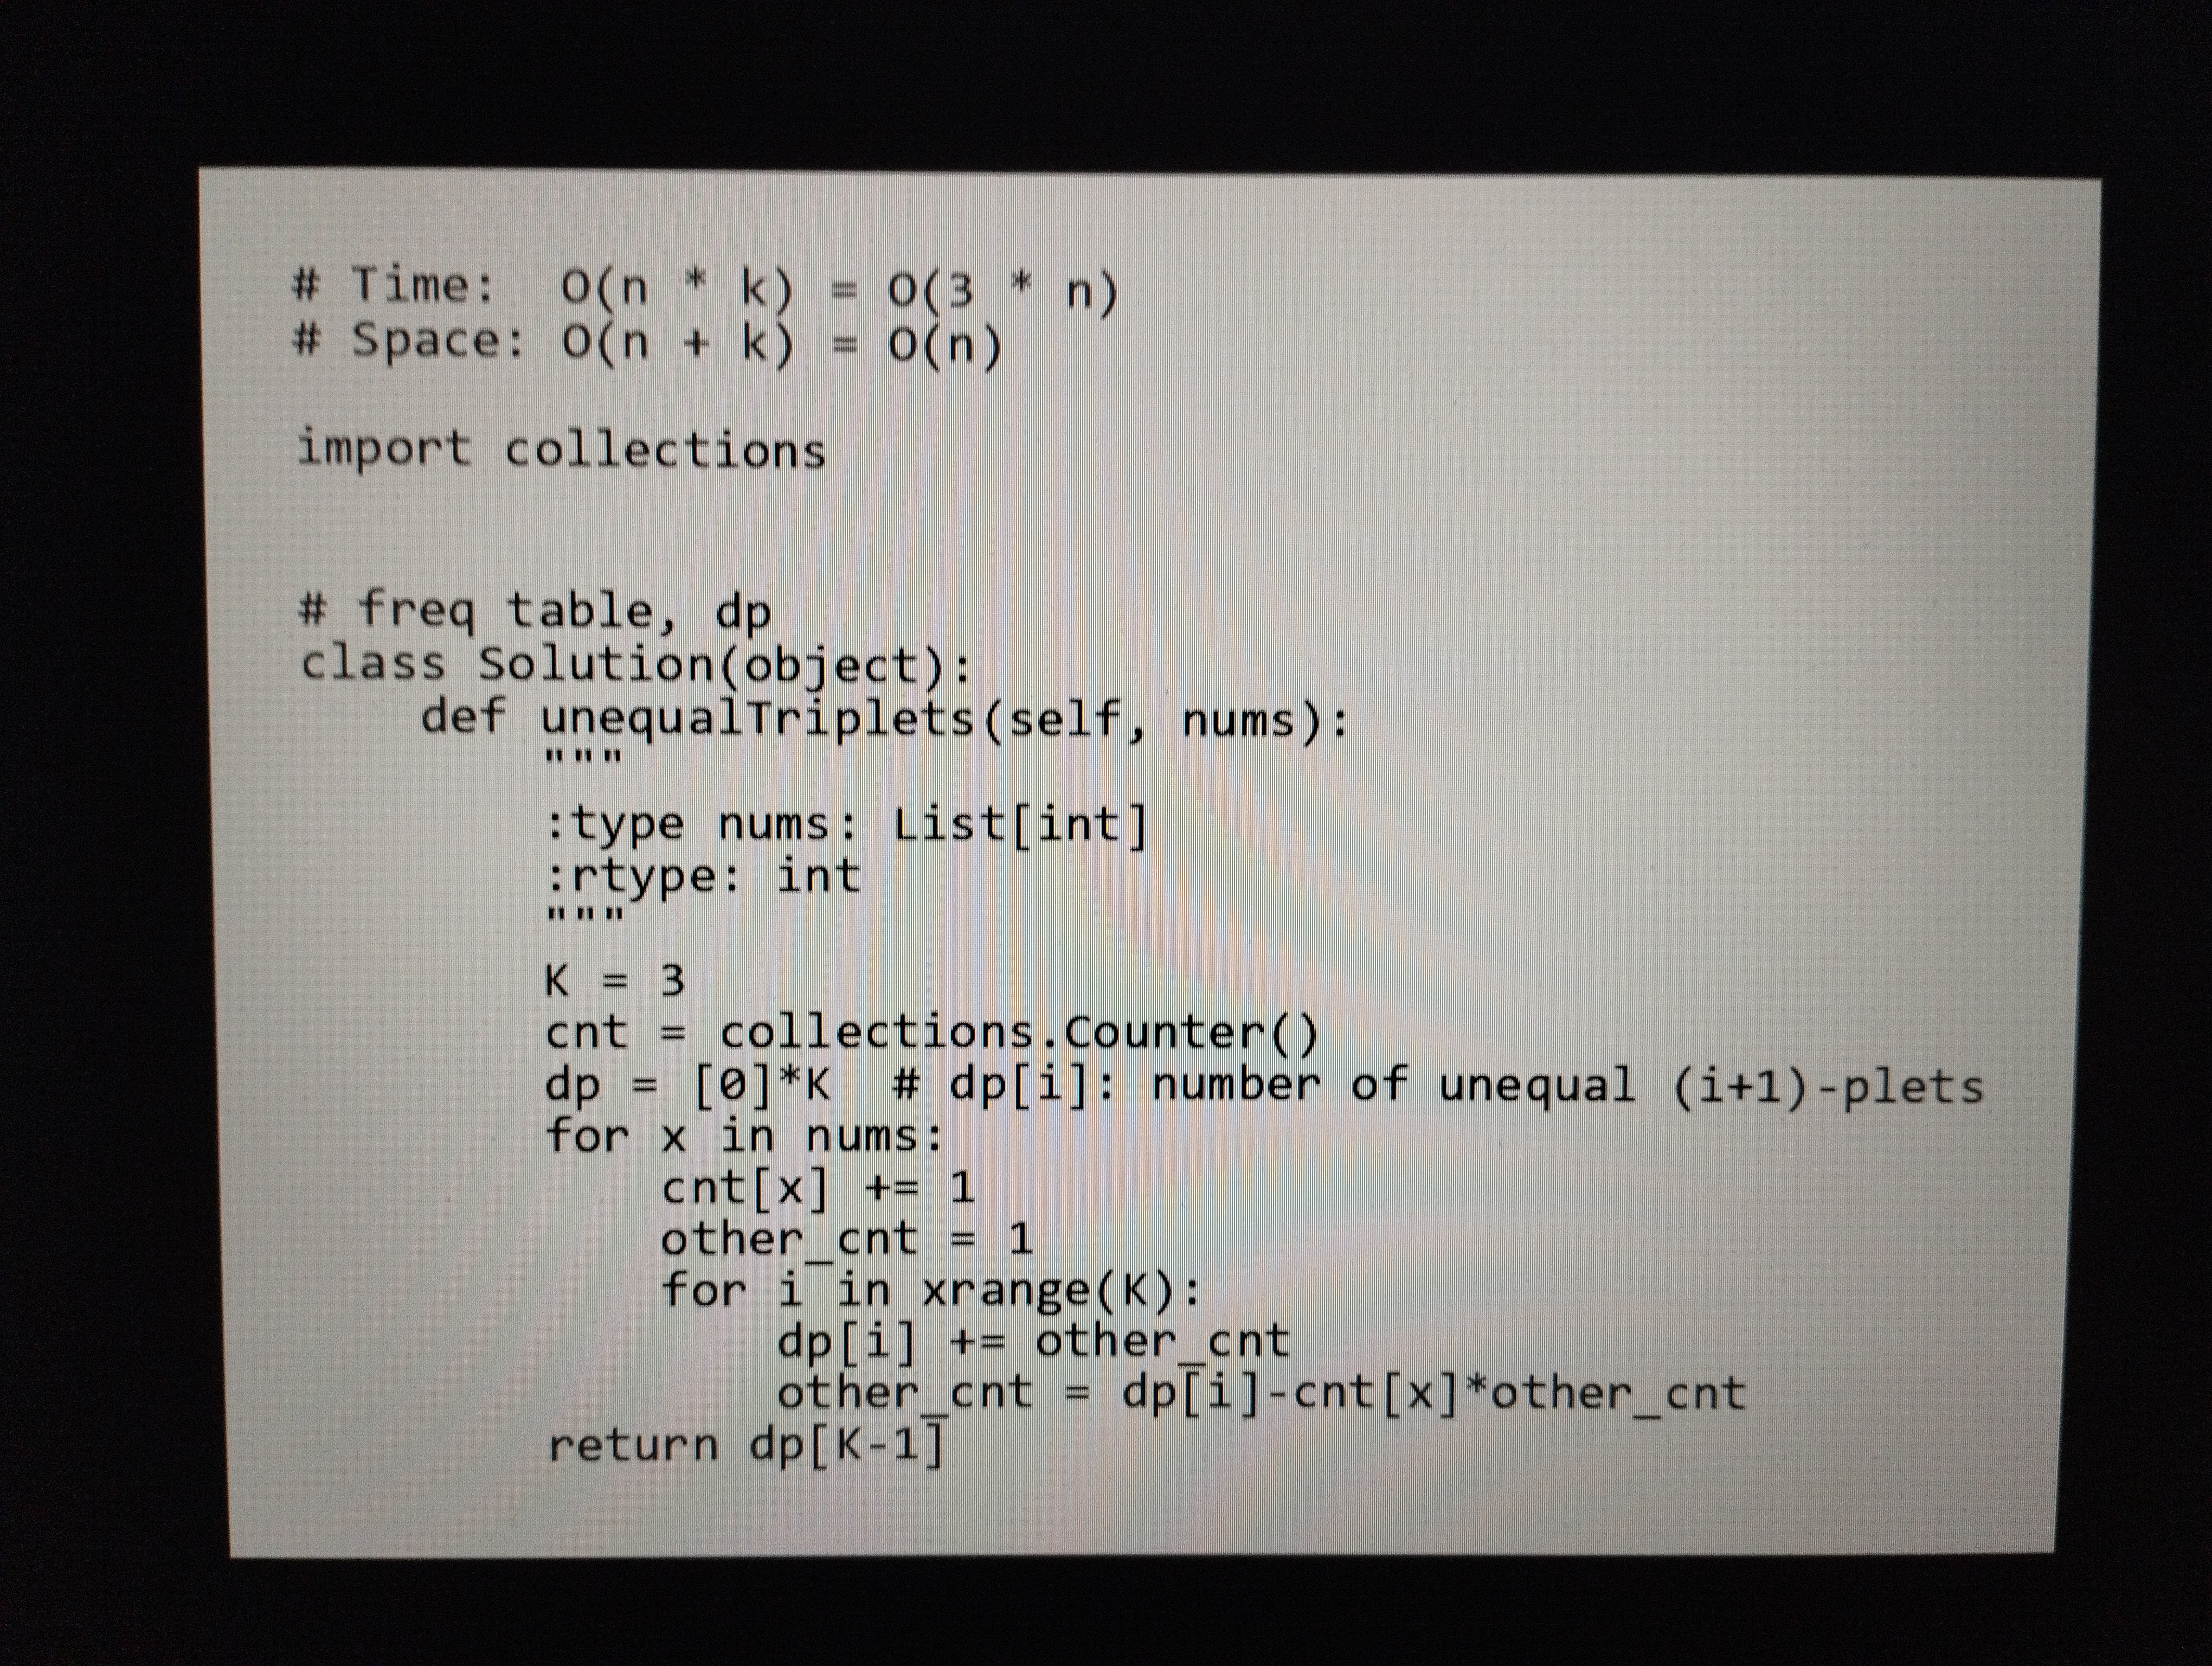
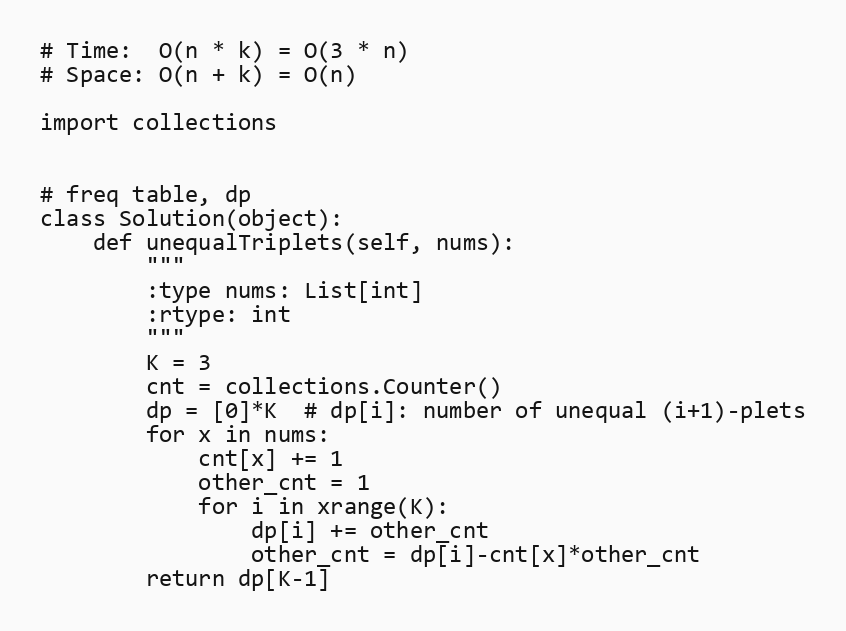
# Time:  O(n * k) = O(3 * n)
# Space: O(n + k) = O(n)

import collections

# freq table, dp
class Solution(object):
    def unequalTriplets(self, nums):
        """
        :type nums: List[int]
        :rtype: int
        """
        K = 3
        cnt = collections.Counter()
        dp = [0]*K  # dp[i]: number of unequal (i+1)-plets
        for x in nums:
            cnt[x] += 1
            other_cnt = 1
            for i in xrange(K):
                dp[i] += other_cnt
                other_cnt = dp[i]-cnt[x]*other_cnt
        return dp[K-1]